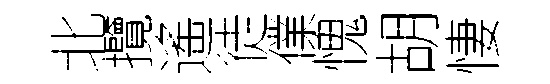
北攬遙徒㒒愧胡悽